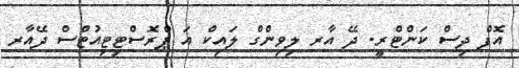
އޮފް ދިސް ކަންޓްރީ. ދޭ އާރ ލިވިންގް ލައިކް އަ ޕްރޮސްޓިިޓިއުޓްސް ދޭއާރ